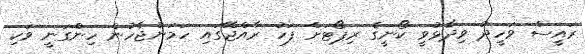
ރައީސް ވަހީދު ވިދާޅުވީ ކޯނީގެ ރިޕޯޓަށް ފަހު ރާއްޖޭގައި ހަމަނުޖެހުން ހިންގަނީ ވަކި